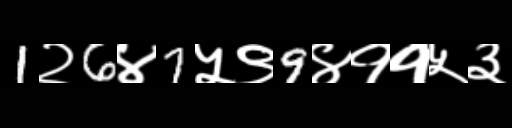
Text: 1२6४7५९9४११५३